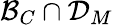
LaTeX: \mathcal{B}_{C}\cap\mathcal{D}_{M}